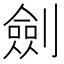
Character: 劍